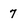
Character: 7